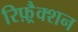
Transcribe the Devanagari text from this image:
रिफ़्रैक्शन